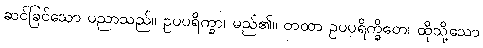
ဆင်ခြင်သော ပညာသည်။ ဥပပရိက္ခာ၊ မည်၏။ တထာ ဥပပရိက္ခိတေ၊ ထိုသို့သော